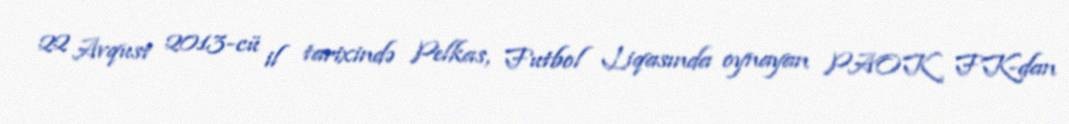
22 Avqust 2013-cü il tarixində Pelkas, Futbol Liqasında oynayan PAOK FK-dan